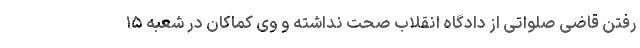
رفتن قاضی صلواتی از دادگاه انقلاب صحت نداشته و وی کماکان در شعبه ۱۵